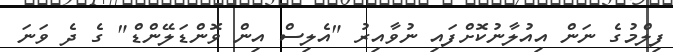
ފިލްމުގެ ނަން އިއުލާނުކޮށްފައި ނުވާއިރު "އެލިސް އިން ވޮންޑަލޭންޑް" ގެ ދެ ވަނަ